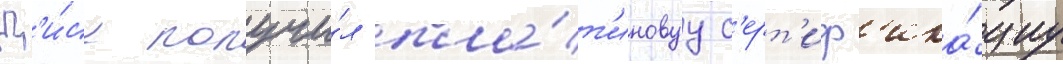
Д'и́ск получи́л пла́т'иновуу с'ерт'иф'ика́циу